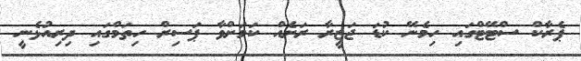
ޕެރާކް ސްޓޭޓްގައި ހިމެނޭ ކުޑަ ޖަޒީރާ ރަށެއް ކަމަށްވާ ޕަސިރް ހިތަމްގައި ދިރިއުޅެނީ